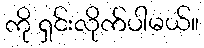
ကို ရှင်းလိုက်ပါမယ်။